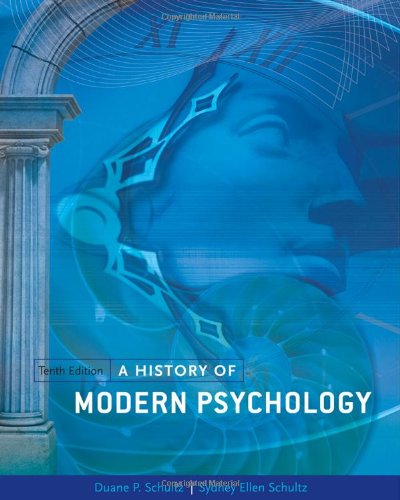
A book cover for A History of Modern Psychology; Duane P. Schultz; Medical Books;